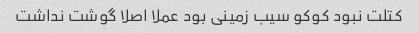
کتلت نبود کوکو سیب زمینی بود عملا اصلا گوشت نداشت